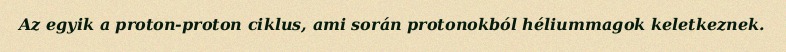
Az egyik a proton-proton ciklus, ami során protonokból héliummagok keletkeznek.